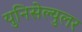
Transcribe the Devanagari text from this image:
युनिसेल्युलर